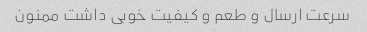
سرعت ارسال و طعم و کیفیت خوبی داشت ممنون